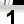
Digit: 1